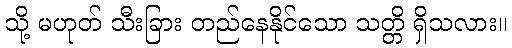
သို့ မဟုတ် သီးခြား တည်နေနိုင်သော သတ္တိ ရှိသလား။